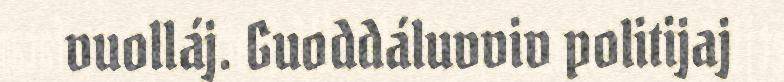
vuolláj. Guoddáluvviv politijaj